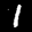
Label: 1